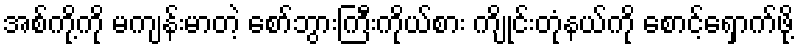
အစ်ကို့ကို မကျန်းမာတဲ့ စော်ဘွားကြီးကိုယ်စား ကျိုင်းတုံနယ်ကို စောင့်ရှောက်ဖို့